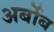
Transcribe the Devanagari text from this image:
अर्बोब